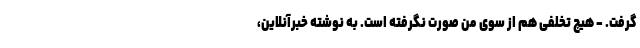
گرفت. - هیچ تخلفی هم از سوی من صورت نگرفته است. به نوشته خبرآنلاین،